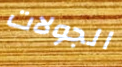
الجولات